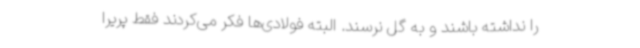
را نداشته باشند و به گل نرسند. البته فولادی‌ها فکر می‌کردند فقط پریرا